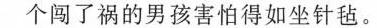
个闯了祸的男孩害怕得如坐针毡。